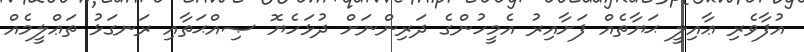
އުފާވެރި ޢާއިލީ ޙަޔާތެއް ފަށާއިރު އެމީހުންގެ ދަރިންނަށް ދުޅަހެޔޮ ޞިއްޙަތާއި ރަނގަޅު ތަޢްލީމެއް